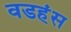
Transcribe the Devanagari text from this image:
वडहंस